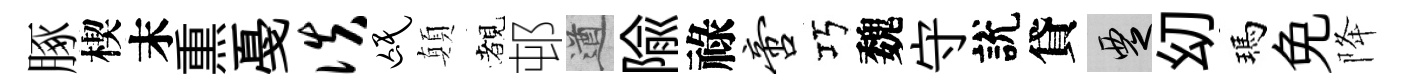
䐁楔末𤋱戞佚氓顛覩邨遒隃祿啻巧魏守說貸覂㓜瑪免降